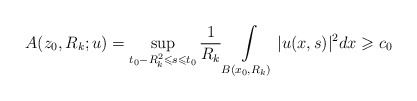
\begin{align*}A(z_0,R_k;u)=\sup_{t_0-R_{k}^{2}\leqslant s\leqslant t_0}\frac{1}{R_{k}}\int\limits_{B(x_{0},R_k)}|u(x,s)|^2dx\geqslant c_0\end{align*}